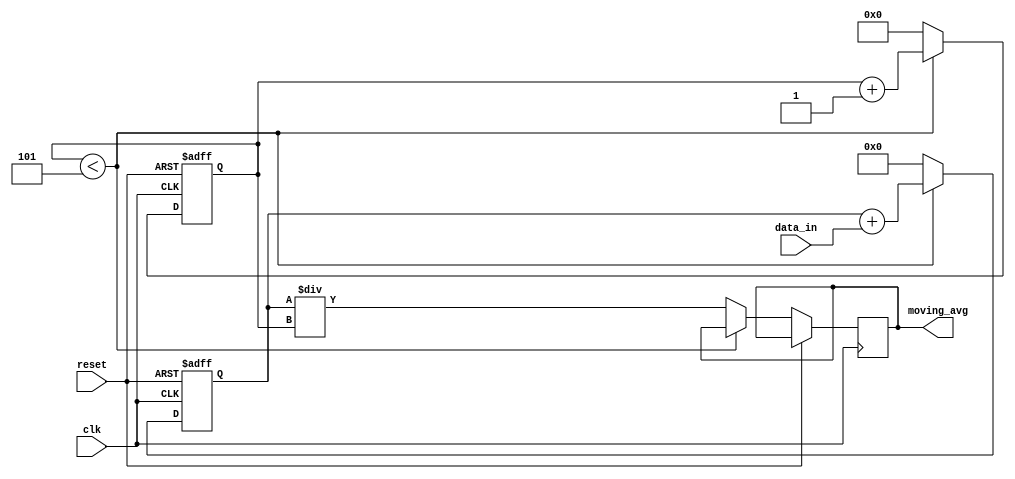
module moving_average_accumulator(
    input clk,
    input reset,
    input [15:0] data_in,
    output reg [15:0] moving_avg
);

reg [15:0] sum;
reg [3:0] counter;

always @(posedge clk or posedge reset) begin
    if (reset) begin
        sum <= 16'd0;
        counter <= 4'd0;
    end else begin
        if (counter < 4'd5) begin
            sum <= sum + data_in;
            counter <= counter + 1;
        end else begin
            moving_avg <= sum / counter;
            counter <= 4'd0;
            sum <= 16'd0;
        end
    end
end

endmodule